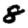
Digit: 8